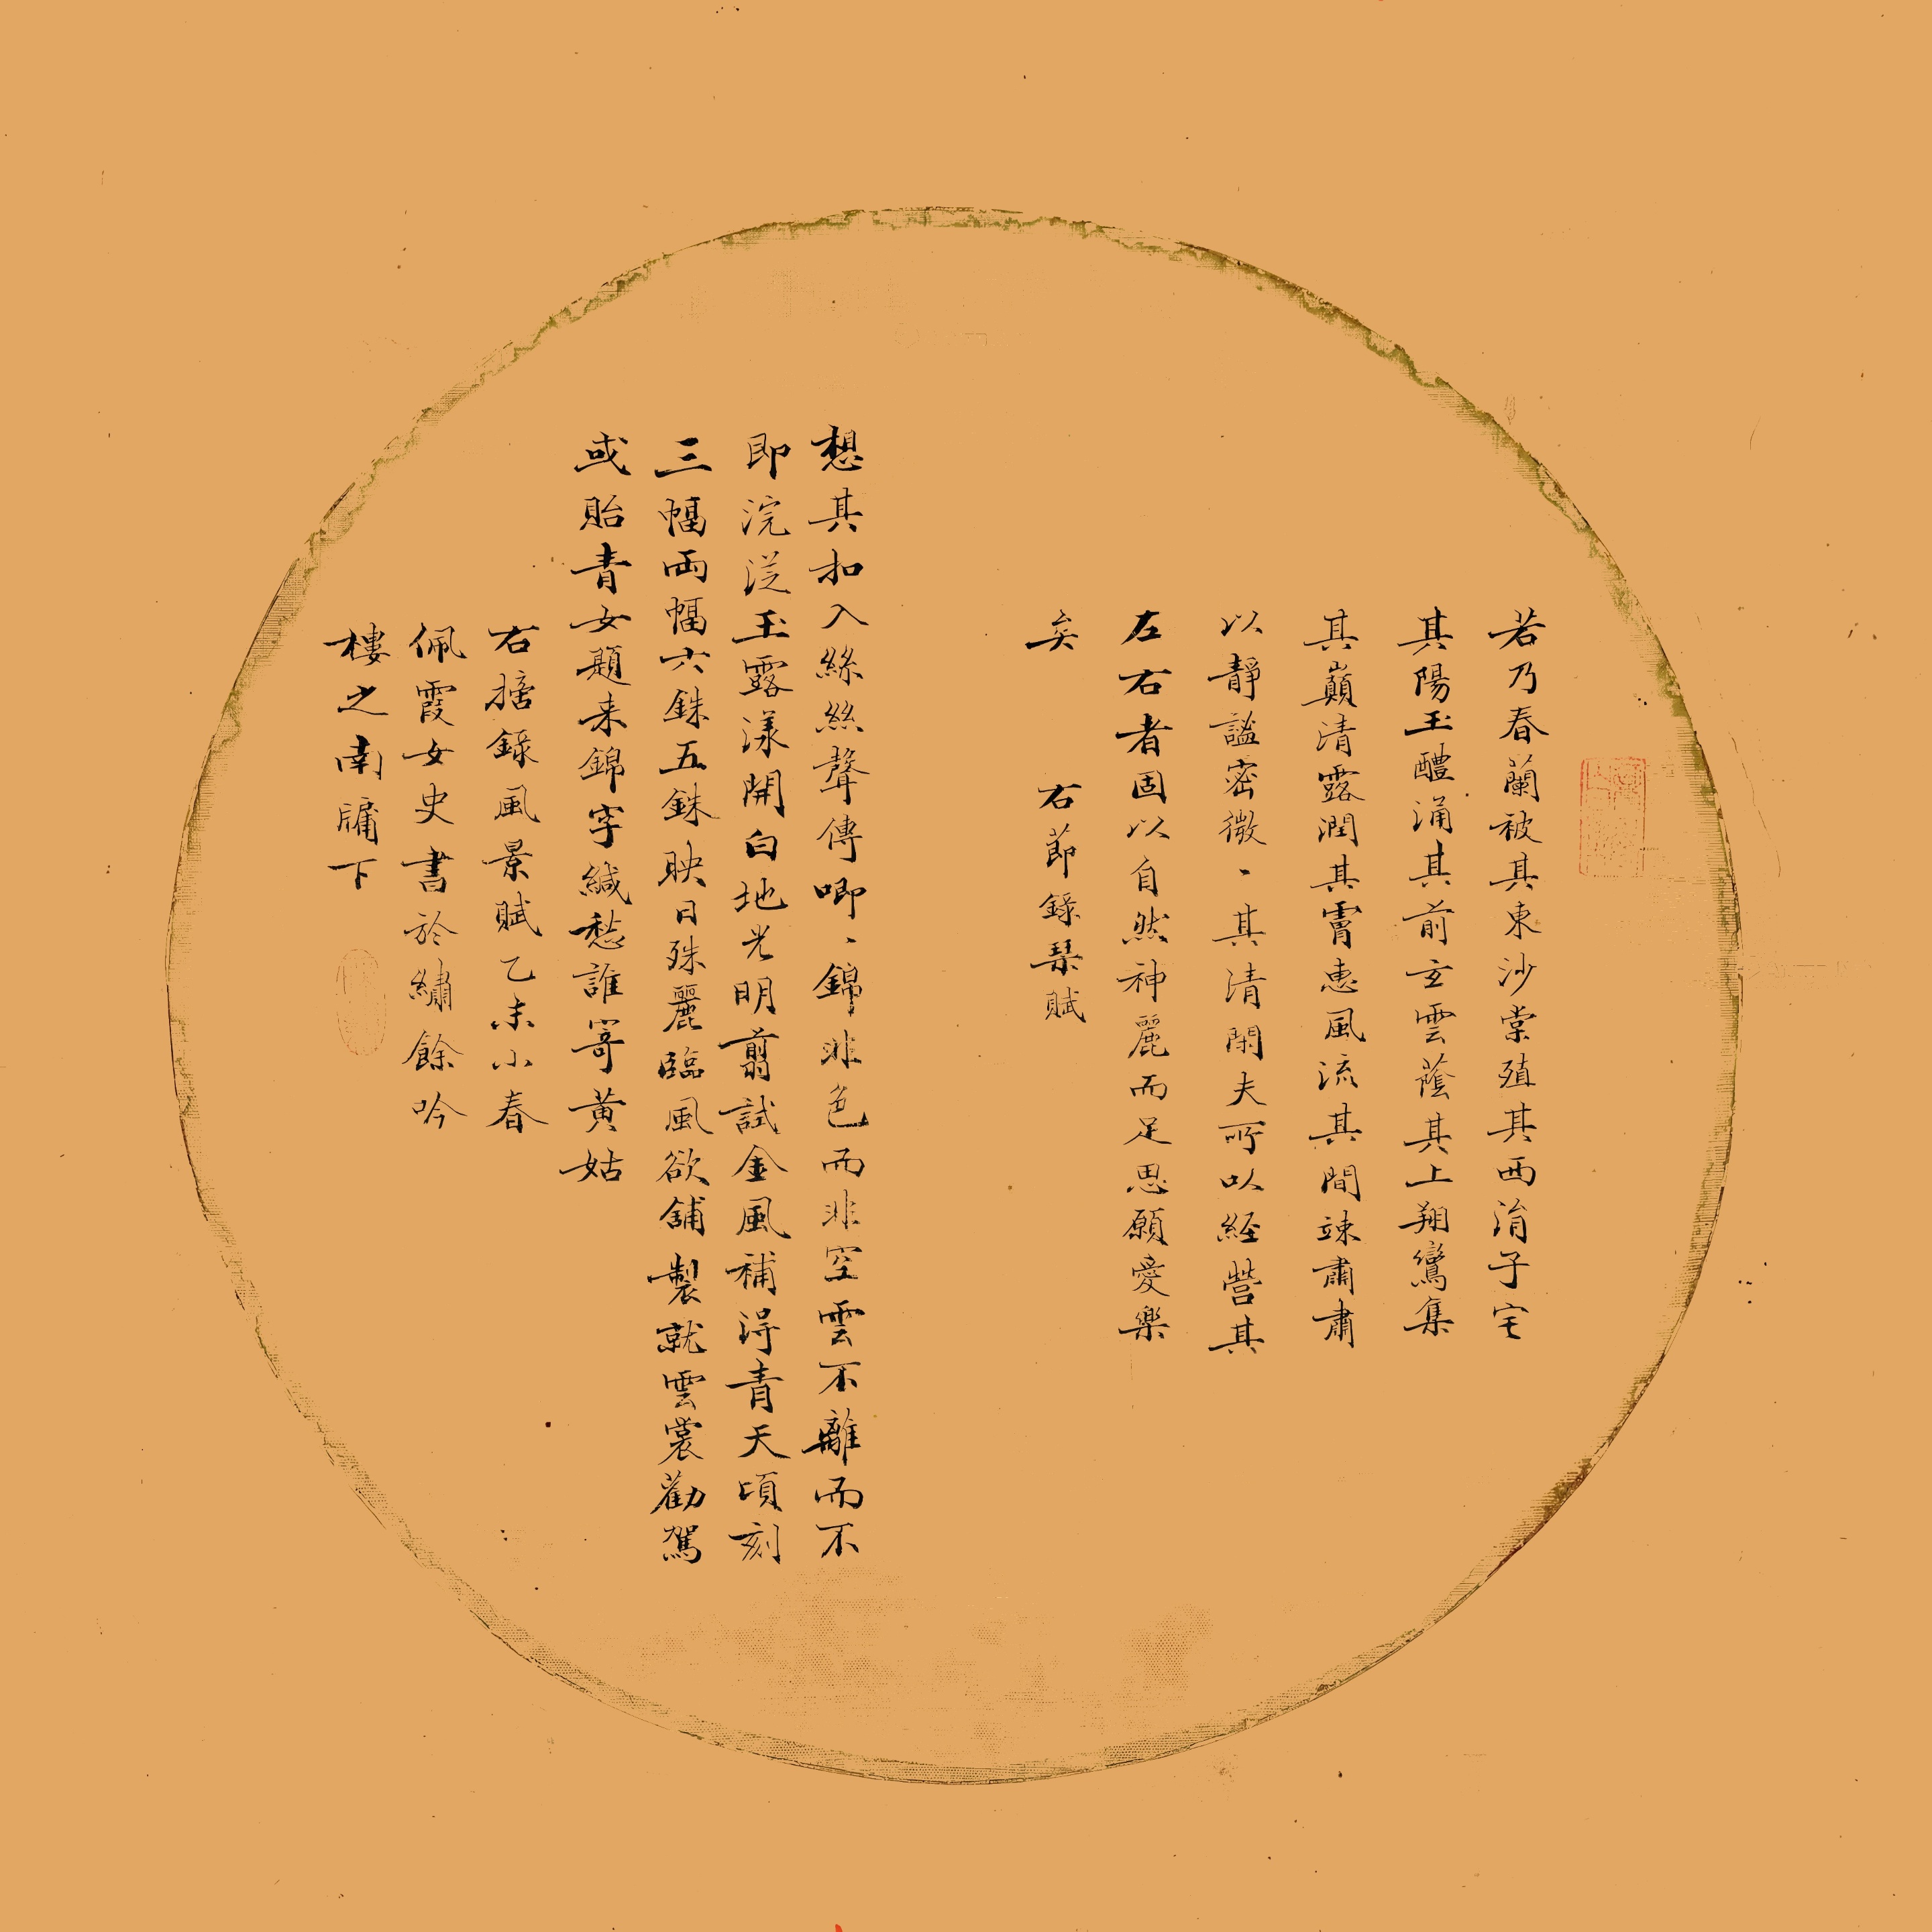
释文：若乃春兰被其东，沙棠殖其西，涓子宅其阳，玉醴涌其前，玄云阴其上，翔鸾集其颠，清露润其霄，惠风流其间竦肃以静谧微。其清闲夫可以经营其左右者，固以自然神丽而足，思愿爱乐矣。右节录琴赋2.想其扣入丝丝声传唧，锦非色而非空，云不离而不即，浣兰玉露漾开白，地光明剪试金风，补得青天顷刻三幅两幅六铢五铢映日殊丽。临风欲铺制就云裳，劝驾或贻青女题来锦字缄愁谁寄黄姑。右摘录风景赋。一味籁（朱文）琴书自乐（朱文）